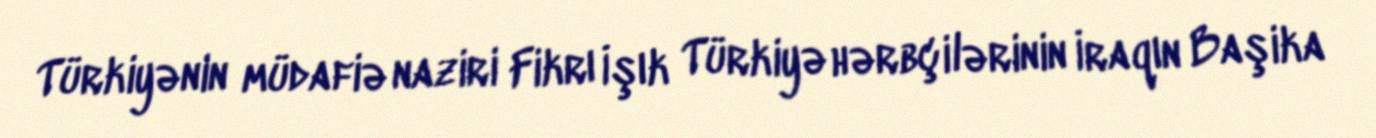
Türkiyənin müdafiə naziri Fikrı İşık Türkiyə hərbçilərinin İraqın Başika